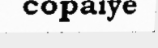
copaiye